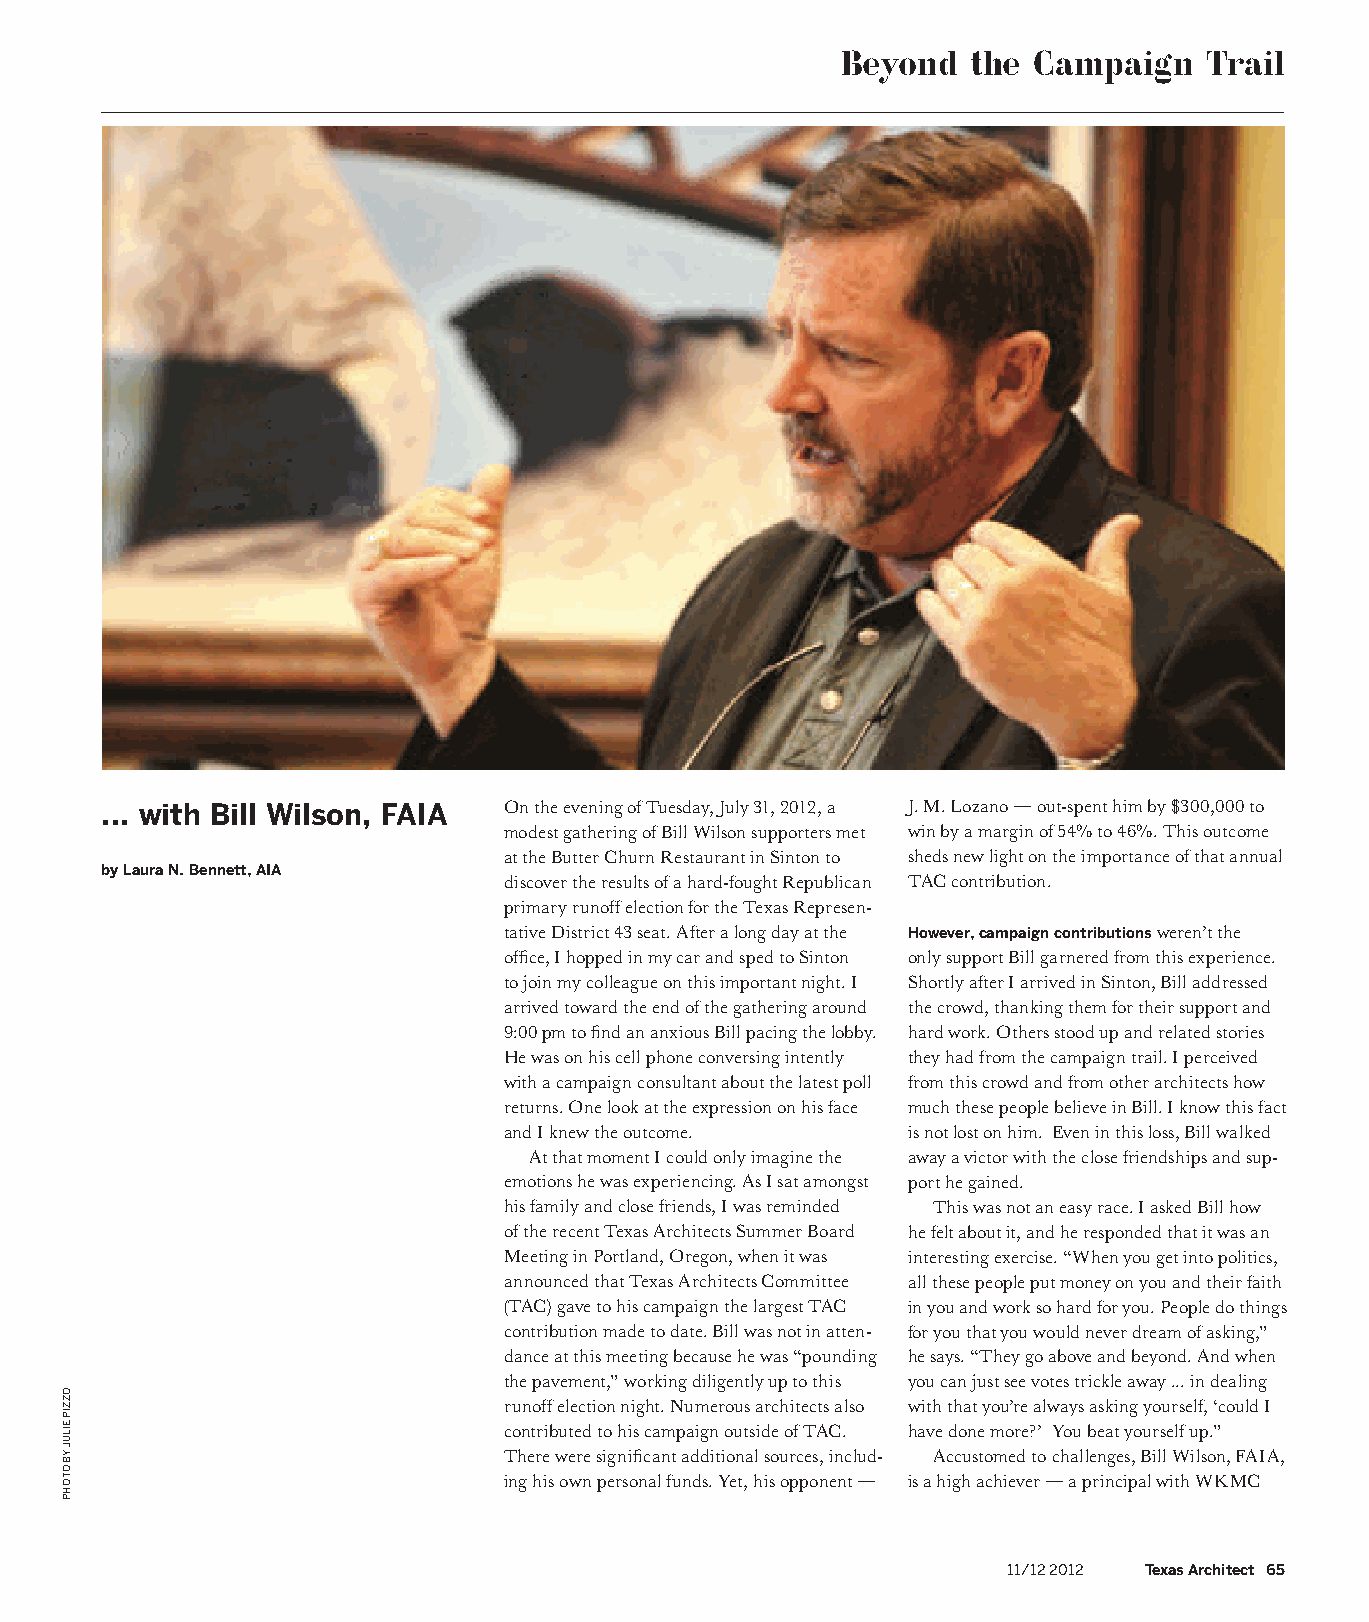
Beyond  the Campaign    Trail
 ... with Bill Wilson, FAIA On the evening of Tuesday, July 31, 2012, a J. M. Lozano — out-spent him by $300,000 to
 modest gathering of Bill Wilson supporters met win by a margin of 54% to 46%. This outcome
 at the Butter Churn Restaurant in Sinton to sheds new light on the importance of that annual
 by Laura N. Bennett, AIA
 discover the results of a hard-fought Republican TAC contribution.
 primary runoff election for the Texas Represen-
 tative District 43 seat. After a long day at the However, campaign contributions weren’t the
 office, I hopped in my car and sped to Sinton only support Bill garnered from this experience.
 to join my colleague on this important night. I Shortly after I arrived in Sinton, Bill addressed
 arrived toward the end of the gathering around the crowd, thanking them for their support and
 9:00 pm to find an anxious Bill pacing the lobby. hard work. Others stood up and related stories
 He was on his cell phone conversing intently they had from the campaign trail. I perceived
 with a campaign consultant about the latest poll from this crowd and from other architects how
 returns. One look at the expression on his face much these people believe in Bill. I know this fact
 and I knew the outcome.    is not lost on him. Even in this loss, Bill walked
 At that moment I could only imagine the away a victor with the close friendships and sup-
 emotions he was experiencing. As I sat amongst port he gained.
 his family and close friends, I was reminded This was not an easy race. I asked Bill how
 of the recent Texas Architects Summer Board he felt about it, and he responded that it was an
 Meeting in Portland, Oregon, when it was interesting exercise. “When you get into politics,
 announced that Texas Architects Committee all these people put money on you and their faith
 (TAC) gave to his campaign the largest TAC in you and work so hard for you. People do things
 contribution made to date. Bill was not in atten- for you that you would never dream of asking,”
 dance at this meeting because he was “pounding he says. “They go above and beyond. And when
 the pavement,” working diligently up to this you can just see votes trickle away ... in dealing
 runoff election night. Numerous architects also with that you’re always asking yourself, ‘could I
 contributed to his campaign outside of TAC. have done more?’ You beat yourself up.”
 There were significant additional sources, includ- Accustomed to challenges, Bill Wilson, FAIA,
 ing his own personal funds. Yet, his opponent — is a high achiever — a principal with WKMC
 11/12 2012 Texas Architect 65
 OZZIP
 EILUJ
 YB
 OTOHP